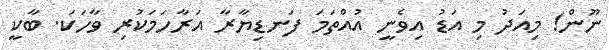
ނޫން! މިއަދު މި އަޑު އިވެނީ އުއްތަމަ ފަނޑިޔާރާ އަރާހަމަކުރި ވާހަކަ. ބާކީ